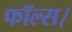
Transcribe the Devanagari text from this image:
फॉल्स।